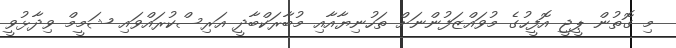
މި ގޮތުން ޕީޖީ އޮފީހުގެ މުވައްޒަފުންނަށް ތަހުނިޔާއާއި މުބާރަކްބާދީ އަރިސްކުރައްވައި ޝަމީމް ވިދާޅުވީ